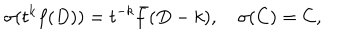
LaTeX: \sigma ( t ^ { k } f ( D ) ) = t ^ { - k } \bar { f } ( D - k ) , \quad \sigma ( C ) = C ,